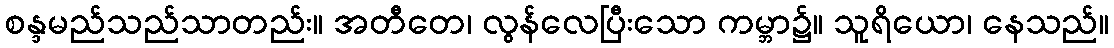
စန္ဒမည်သည်သာတည်း။ အတီတေ၊ လွန်လေပြီးသော ကမ္ဘာ၌။ သူရိယော၊ နေသည်။